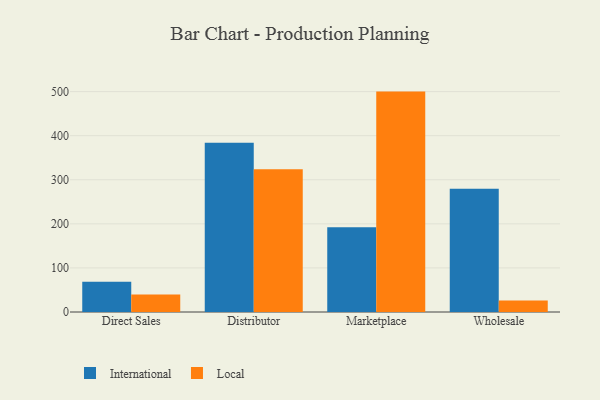
{"axis": {"x": "Channel", "y": "Headcount"}, "legend": ["International", "Local"], "data": [{"x": "Direct Sales", "y": 68.9, "type": "International"}, {"x": "Direct Sales", "y": 39.6, "type": "Local"}, {"x": "Distributor", "y": 384.2, "type": "International"}, {"x": "Distributor", "y": 323.6, "type": "Local"}, {"x": "Marketplace", "y": 192.1, "type": "International"}, {"x": "Marketplace", "y": 500.0, "type": "Local"}, {"x": "Wholesale", "y": 279.7, "type": "International"}, {"x": "Wholesale", "y": 26.0, "type": "Local"}]}